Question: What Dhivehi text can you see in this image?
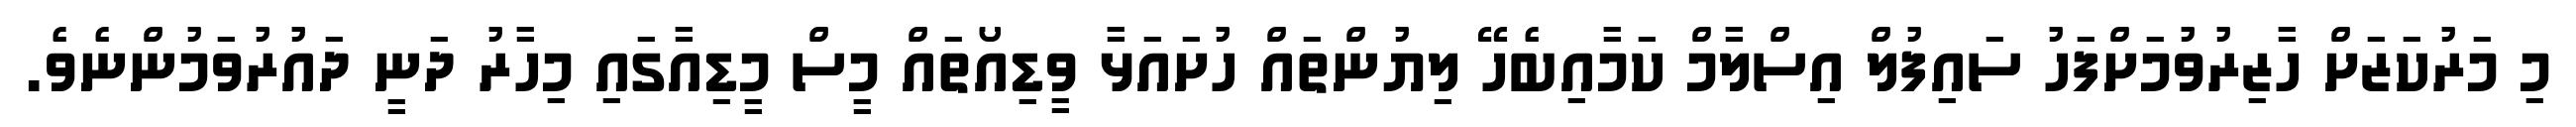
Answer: މި މަރުކަޒަށް ހާޒިރުވުމަށްފަހު ސައިފުލް އިސްލާމް ކަމާއިބެހޭ ލިޔުންތައް ހުށައަޅާ ވީޑިއޯތައް މީސް މީޑިއާގައި މިހާރު ދަނީ ދައުރުވަމުންނެވެ.